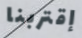
إقتربنا